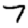
Digit: 7